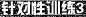
针对性训练3